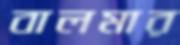
বালমার